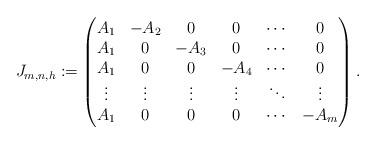
LaTeX: \begin{align*}J_{m, n, h} := \begin{pmatrix} A_1 & -A_2 & 0 & 0 & \cdots & 0 \\ A_1 & 0 & -A_3 & 0 & \cdots & 0 \\ A_1 & 0 & 0 & -A_4 & \cdots & 0 \\ \vdots & \vdots & \vdots & \vdots & \ddots & \vdots \\ A_1 & 0 & 0 & 0 & \cdots & -A_m\end{pmatrix}.\end{align*}